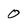
Character: 0